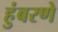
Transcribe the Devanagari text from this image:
हुंबरणे